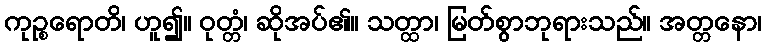
ကုဉ္စရောတိ၊ ဟူ၍။ ဝုတ္တံ၊ ဆိုအပ်၏။ သတ္ထာ၊ မြတ်စွာဘုရားသည်။ အတ္တနော၊